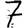
Digit: 7